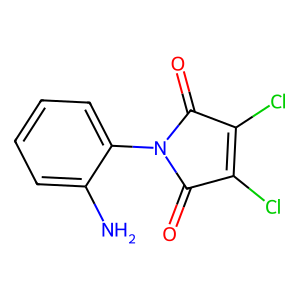
SMILES: Nc1ccccc1N1C(=O)C(Cl)=C(Cl)C1=O
Inhibits HIV replication: No